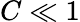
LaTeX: C\ll 1